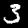
Digit: 3